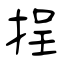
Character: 挰